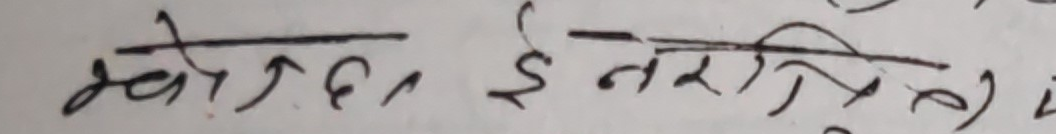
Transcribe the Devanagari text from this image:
भोक छ, इ तेरी प्रिय